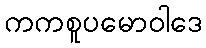
ကကစူပမောဝါဒေ